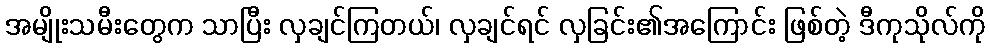
အမျိုးသမီးတွေက သာပြီး လှချင်ကြတယ်၊ လှချင်ရင် လှခြင်း၏အကြောင်း ဖြစ်တဲ့ ဒီကုသိုလ်ကို